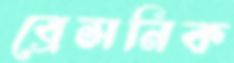
ব্রেসনিক